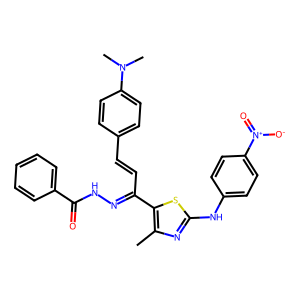
SMILES: Cc1nc(Nc2ccc([N+](=O)[O-])cc2)sc1C(C=Cc1ccc(N(C)C)cc1)=NNC(=O)c1ccccc1
Inhibits HIV replication: No